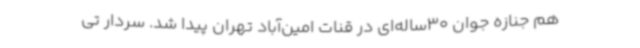
هم جنازه جوان 30ساله‌ای در قنات امین‌آباد تهران پیدا شد. سردار تی